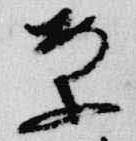
案